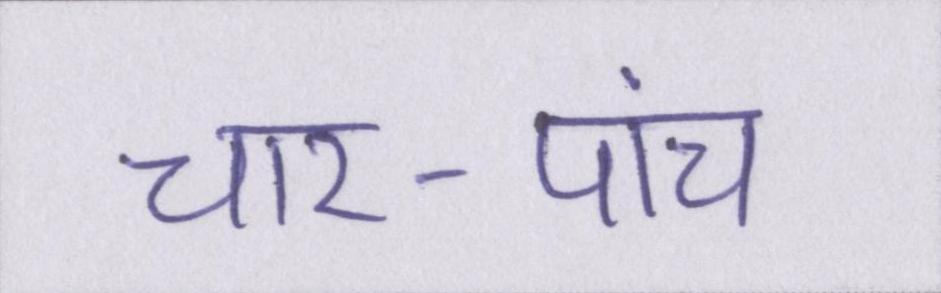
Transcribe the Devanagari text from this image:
चार-पांच